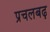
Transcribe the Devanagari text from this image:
प्रचलबढ़